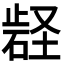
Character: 𭭬